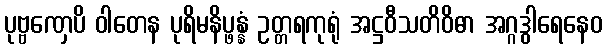
ပုဗ္ဗဏှေပိ ဝါတေန ပုရိမနိပ္ဖန္နံ ဥတ္တရကုရုံ အဋ္ဌဝီသတိဝိဓာ အဂ္ဂဒွါရေနေဝ